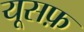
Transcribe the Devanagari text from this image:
यूसफ़